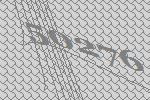
50276